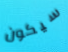
سيكون